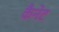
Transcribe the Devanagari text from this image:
कैनेट